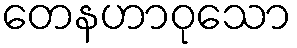
တေနဟာဝုသော